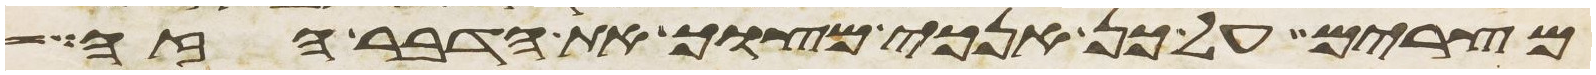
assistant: מצרים על כן אנכי מצוך את הדבר הזה